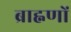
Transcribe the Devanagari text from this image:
ब्राह्नणों